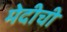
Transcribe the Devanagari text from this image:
मेदीची